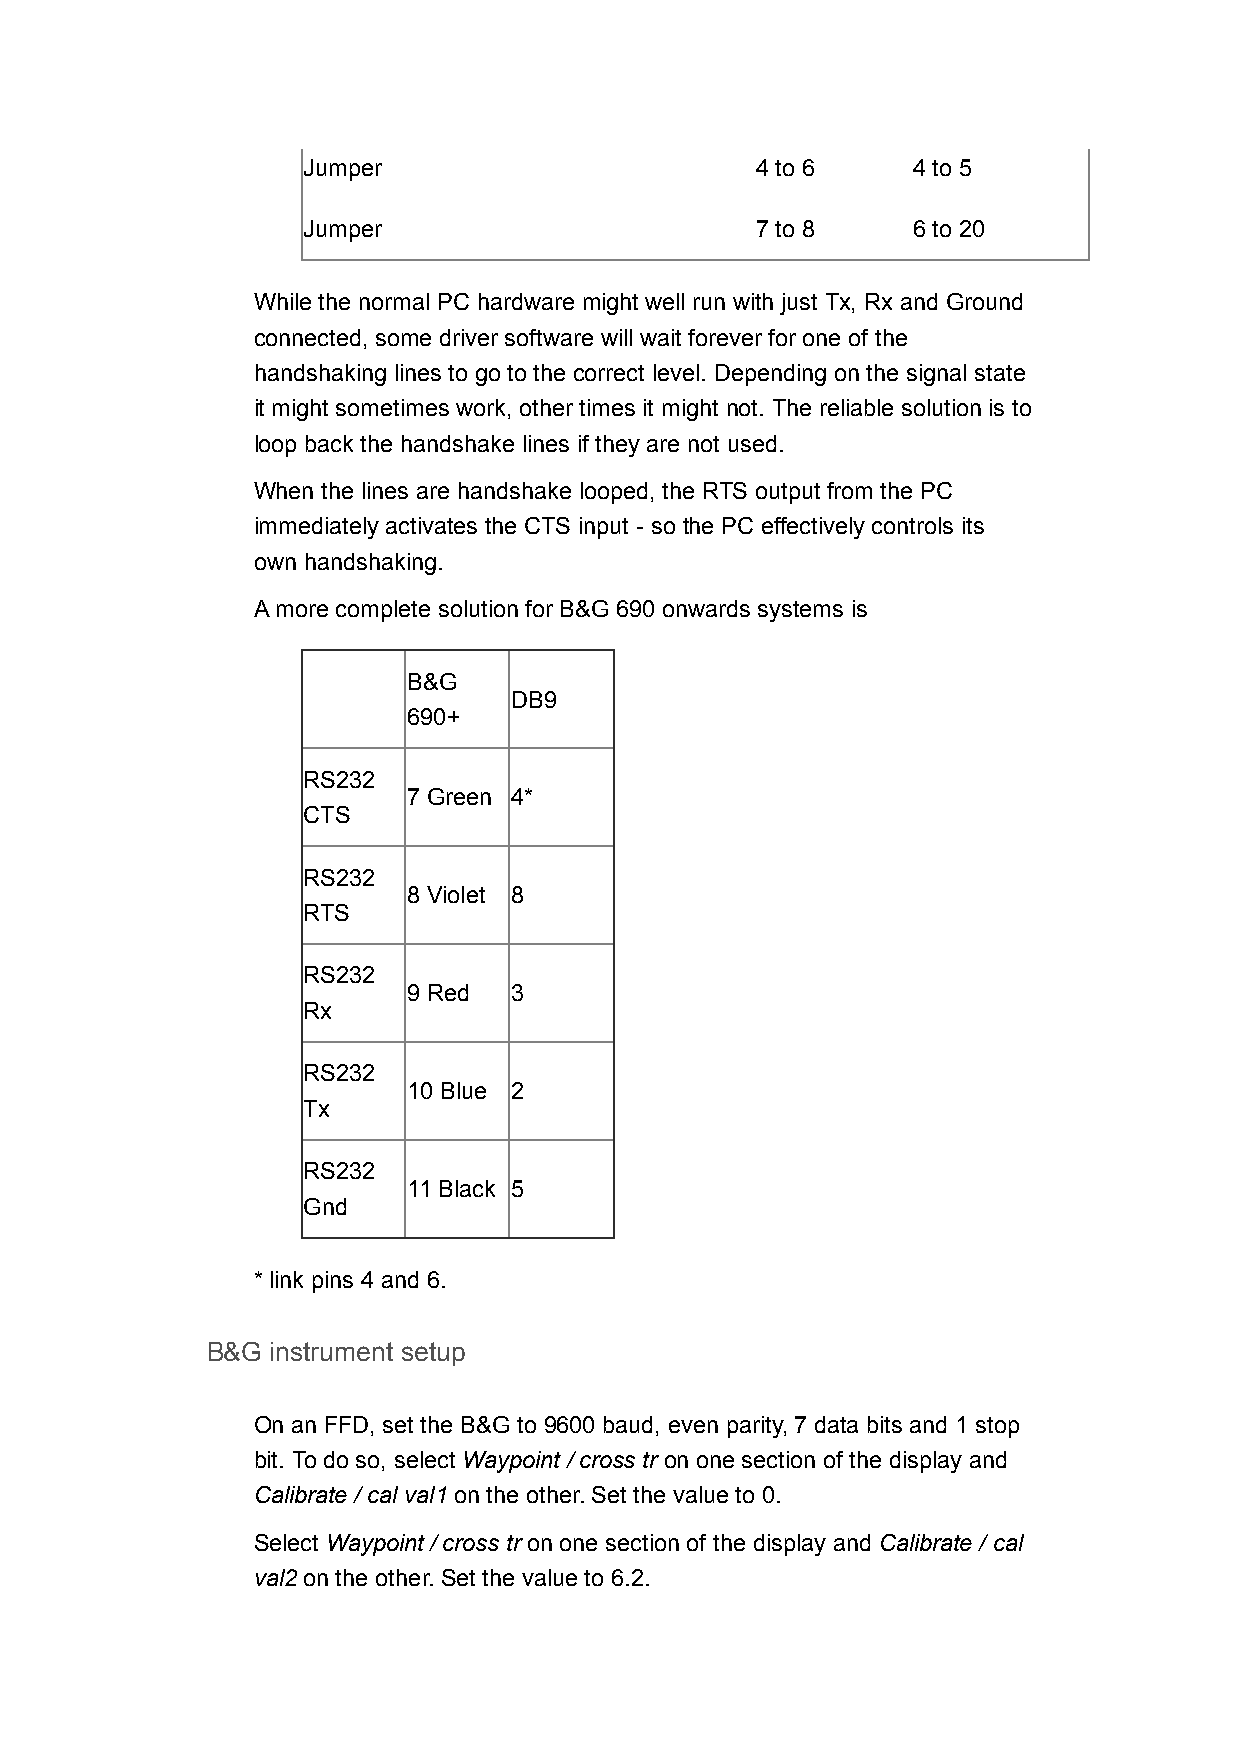
Jumper                        4 to 6    4 to 5
 Jumper                        7 to 8    6 to 20
 While the normal PC hardware might well run with just Tx, Rx and Ground
 connected, some driver software will wait forever for one of the
 handshaking lines to go to the correct level. Depending on the signal state
 it might sometimes work, other times it might not. The reliable solution is to
 loop back the handshake lines if they are not used.
 When the lines are handshake looped, the RTS output from the PC
 immediately activates the CTS input - so the PC effectively controls its
 own handshaking.
 A more complete solution for B&G 690 onwards systems is
 B&G
 DB9
 690+
 RS232
 7 Green 4*
 CTS
 RS232
 8 Violet 8
 RTS
 RS232
 9 Red  3
 Rx
 RS232
 10 Blue 2
 Tx
 RS232
 11 Black 5
 Gnd
 * link pins 4 and 6.
 B&G instrument setup
 On an FFD, set the B&G to 9600 baud, even parity, 7 data bits and 1 stop
 bit. To do so, select Waypoint / cross tr on one section of the display and
 Calibrate / cal val1 on the other. Set the value to 0.
 Select Waypoint / cross tr on one section of the display and Calibrate / cal
 val2 on the other. Set the value to 6.2.